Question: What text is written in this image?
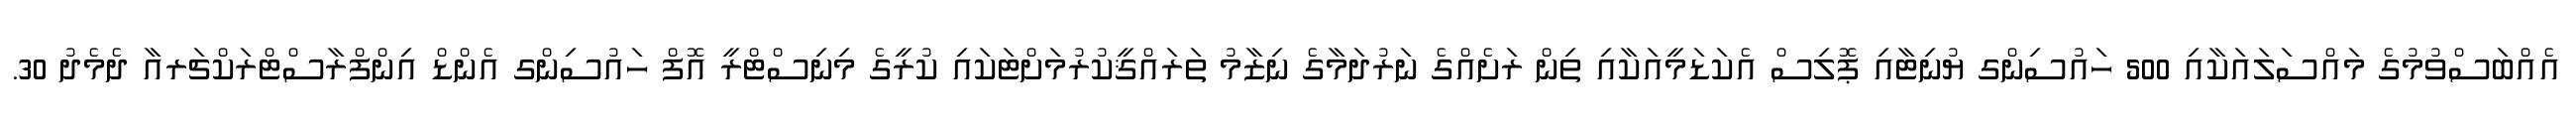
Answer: އެއްބަސްވުމުގެ މައްސަލައަކާއި 500 ހައުސިންގ ޔުނިޓާއި ޕޮލިސް އެކަޑަމީއަކާއި ތިން ރަށެއްގެ ނަރުދަމާގެ ނިޒާމު ތަރައްޤީކުރުމަށްޓަކައި ކުރީގެ މިނިސްޓްރީ އޮފް ހައުސިންގ އެންޑް އިންފްރާސްޓްރަކްޗަރއާ ދެމެދު 30.